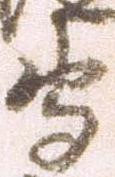
守